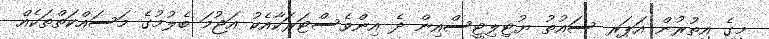
މީގެ އިތުރުން އަޕަރ ސައުތު ޔުޓިލިޓީސްއިން ދެ އިންވެސްޓަރަކާއެކު އަޖުމަ ބެލުމުގެ މަސައްކަތްތަކެއް